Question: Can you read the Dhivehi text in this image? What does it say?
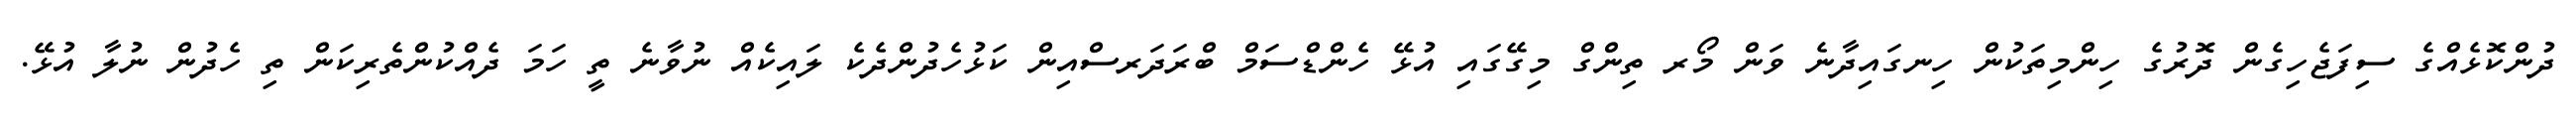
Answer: ދުންކޮޅެއްގެ ސިފަޖެހިގެން ދޮރުގެ ހިންމިތަކުން ހިނގައިދާނެ ވަން މޯރ ތިންގް މިގޭގައި އުޅޭ ހެންޑްސަމް ބްރަދަރސްއިން ކަޅުހެދުންދެކެ ލައިކެއް ނުވާނެ ތީ ހަމަ ދެއްކުންތެރިކަން ތި ހެދުން ނުލާ އުޅޭ.